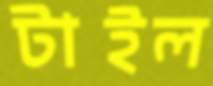
টাইল